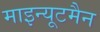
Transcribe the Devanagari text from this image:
माइन्यूटमैन